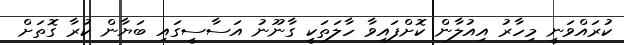
ކުރައްވަނީ މިހާރު އިއުލާން ކޮށްފައިވާ ހާލަތަކީ ގާނޫނު އަސާސީގައި ބަޔާން ކުރާ ގޮތަށް